Statistical return of the lunatic asylum in Assam - 1912-1932
Year: 1912
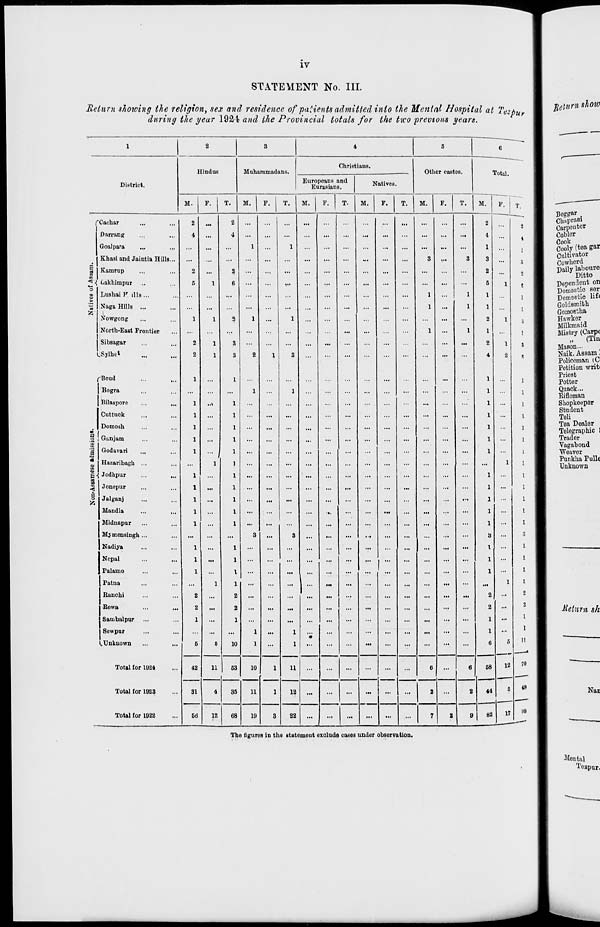
IV
STATEMENT No. III.
Return shoioing the religion, sex and residence of patients admitted into the Mental Hospital at Tezp u
during the year 192\ and the Provincial totals for the tico previous years.
Return, show
—- I
1
2
3
4
5
6
1
Christians.
Hindus
Muhammadans.
Other castes.
Tnt.,1
1
District.
Europeans and
Eurasians.
Natives.
M.
P.
T.
M.
F.
T.
1
M.
F.
T.
M.
F.
T.
M.
F.
T.
M.
F.
T< 1
Boggat .
fCachar
2
...
2
...
...
...
...
-
...
...
...
...
2
...
2
1
Chupra 81
Carpenter
Darrang
4
...
4
...
...
...
...
...
...
...
...
...
...
4.
...
Cobler
Cook
Cooly (tea gar
Goalpara
...
...
...
1
...
1
...
...
...
...
...
...
1
Khasi and Jaintia Hills...
...
...
...
...
...
...
...
...
...
...
...
3
».
3
3
...
Cultivator
Cowherd
b Kamrnp
2
...
2
...
—
...
...
...
...
...
...
2
...
Daily labouro
Ditto
■"* ■{ Lakhimpur ...
5
1
6
...
...
...
...
...
...
...
...
...
...
5
1
Dependent on
o
Lushai } T ills ...
...
...
...
...
...
...
...
...
1
...
1
1
Domestic ser
Domestic lif<
— Naga Hills ...
1
1
1
Goldsmith
fc
Nowgong
1
1
2
1
...
1
...
...
...
...
...
...
2
1
GomoBtha
Hawker
Milkmaid
Mistry (Carpt
North-East Frontier
...
...
•••
...
...
...
...
...
...
1
...
1
1
...
i Sibsagar
2
1
3
...
...
...
...
...
...
...
...
...
2
1
Mason...
iSylhet
2
1
3
2
1
3
...
...
...
...
...
...
4
2
Naik, Assam.
Policeman (C
Petition writ
fBoud
1
...
1
...
...
...
...
...
...
...
...
Priest
Potter
Bogra
...
...
1
1
...
...
...
...
...
...
...
Quack...
Eiflcman
Bilaspore
..»
1
...
...
...
...
...
...
Shopkeeper
I
Student
Cuttuck
1
...
...
...
...
...
...
...
...
...
...
...
...
Teli
Domosh
1
|
Tea Dealer
m
j
Telegraphic !
o Ganiam
1
,
Trader
£
Vagabond
a Godavari
1
...
...
...
...
...
[
Weavor
'O
Hazaribagh ...
...
1
]
...
...
...
...
...
...
...
...
...
...
...
1
[
Punkha Pull«
|
Unknown
g ■{ Jodhpur
1
...
...
...
...
...
...
...
...
...
...
...
...
CD
< Jonepur
...
1
...
...
...
...
...
...
...
...
...
...
...
...
...
O
Jalganj
Mandla
Midnapar
Mymensingh ...
Nadiya
...
1
1
1
1
3
...
...
3
...
-
...
...
...
...
...
...
...
...
Nepal
1
...
Palamo
...
I
...
...
...
...
1
...
...
...
...
...
Patna
...
1
1
...
...
...
...
...
...
...
...
...
...
...
1
Ranchi
2
...
2
...
...
...
...
...
...
...
...
...
...
...
...
2
...
Eewa
2
...
2
...
...
...
...
...
...
...
...
...
...
...
...
2
...
Return sh
Sambalpur
1
...
1
...
...
...
...
...
...
...
...
...
...
...
...
1
...
Sewpur
...
...
1
...
1
...
...
...
...
...
...
...
...
...
1
...
(.Unknown
5
6
10
1
...
1
...
...
...
...
-
...
...
...
6
5
A
|
42
11 ; 53
10
1
11
...
6
6
58
12
70
]
Total for 1924
31
1
44
5
49
1
Total for 1023
4
35
11
12
2
2
[
Nan
66
17
119
Total for 1922
1?.
68
19
3
22
...
... | ...
...
7
2
9
82
I
Tho figures in the statement exclude cases under observation.
Mental
Tezpur.